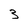
Character: 3